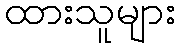
ထားသူများ